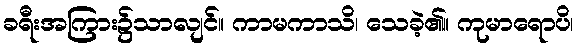
ခရီးအကြား၌သာလျင်။ ကာမကာသိ၊ သေခဲ့၏။ ကုမာရောပိ၊